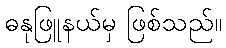
ဓနုဖြူနယ်မှ ဖြစ်သည်။